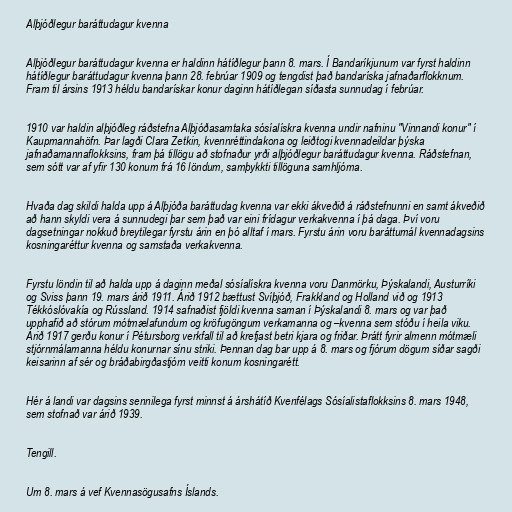
Alþjóðlegur baráttudagur kvenna

Alþjóðlegur baráttudagur kvenna er haldinn hátíðlegur þann 8. mars. Í Bandaríkjunum var fyrst haldinn
hátíðlegur baráttudagur kvenna þann 28. febrúar 1909 og tengdist það bandaríska jafnaðarflokknum.
Fram til ársins 1913 héldu bandarískar konur daginn hátíðlegan síðasta sunnudag í febrúar.

1910 var haldin alþjóðleg ráðstefna Alþjóðasamtaka sósíalískra kvenna undir nafninu "Vinnandi konur" í
Kaupmannahöfn. Þar lagði Clara Zetkin, kvennréttindakona og leiðtogi kvennadeildar þýska
jafnaðamannaflokksins, fram þá tillögu að stofnaður yrði alþjóðlegur baráttudagur kvenna. Ráðstefnan,
sem sótt var af yfir 130 konum frá 16 löndum, samþykkti tillöguna samhljóma.

Hvaða dag skildi halda upp á Alþjóða baráttudag kvenna var ekki ákveðið á ráðstefnunni en samt ákveðið
að hann skyldi vera á sunnudegi þar sem það var eini frídagur verkakvenna í þá daga. Því voru
dagsetningar nokkuð breytilegar fyrstu árin en þó alltaf í mars. Fyrstu árin voru baráttumál kvennadagsins
kosningaréttur kvenna og samstaða verkakvenna.

Fyrstu löndin til að halda upp á daginn meðal sósíalískra kvenna voru Danmörku, Þýskalandi, Austurríki
og Sviss þann 19. mars árið 1911. Árið 1912 bættust Svíþjóð, Frakkland og Holland við og 1913
Tékkóslóvakía og Rússland. 1914 safnaðist fjöldi kvenna saman í Þýskalandi 8. mars og var það
upphafið að stórum mótmælafundum og kröfugöngum verkamanna og –kvenna sem stóðu í heila viku.
Árið 1917 gerðu konur í Pétursborg verkfall til að krefjast betri kjara og friðar. Þrátt fyrir almenn mótmæli
stjórnmálamanna héldu konurnar sínu striki. Þennan dag bar upp á 8. mars og fjórum dögum síðar sagði
keisarinn af sér og bráðabirgðastjórn veitti konum kosningarétt.

Hér á landi var dagsins sennilega fyrst minnst á árshátíð Kvenfélags Sósíalistaflokksins 8. mars 1948,
sem stofnað var árið 1939.

Tengill.

Um 8. mars á vef Kvennasögusafns Íslands.